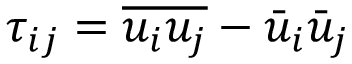
\tau _ { i j } = \overline { { { { u } _ { i } } { { u } _ { j } } } } - { { \bar { u } } _ { i } } { { \bar { u } } _ { j } }